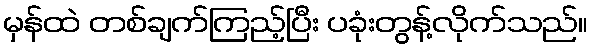
မှန်ထဲ တစ်ချက်ကြည့်ပြီး ပခုံးတွန့်လိုက်သည်။